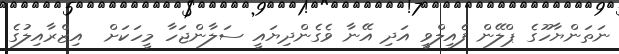
ނަތަންޔާހޫގެ ޕްލޭން ފެއިލްވީ އަދި އޭނާ ވެގެންދިޔައީ ސަލާންޖަހާ މީހަކަށް  އިޒްރާއިލުގެ